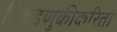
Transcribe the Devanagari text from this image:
निवडणुकीकरिता